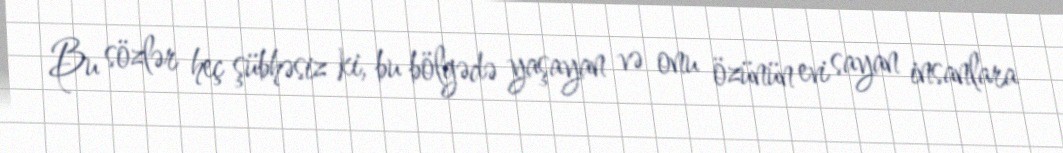
Bu sözlər heç şübhəsiz ki, bu bölgədə yaşayan və onu özünün evi sayan insanlara